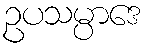
ဥပသမ္ပာဒေ